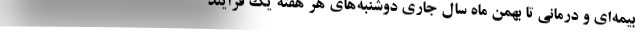
بیمه‌ای و درمانی تا بهمن ماه سال جاری دوشنبه‌های هر هفته یک فرایند